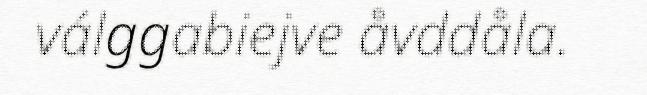
válggabiejve åvddåla.